NAE_EAA_P-553_Koit_kolhoos, lk 21
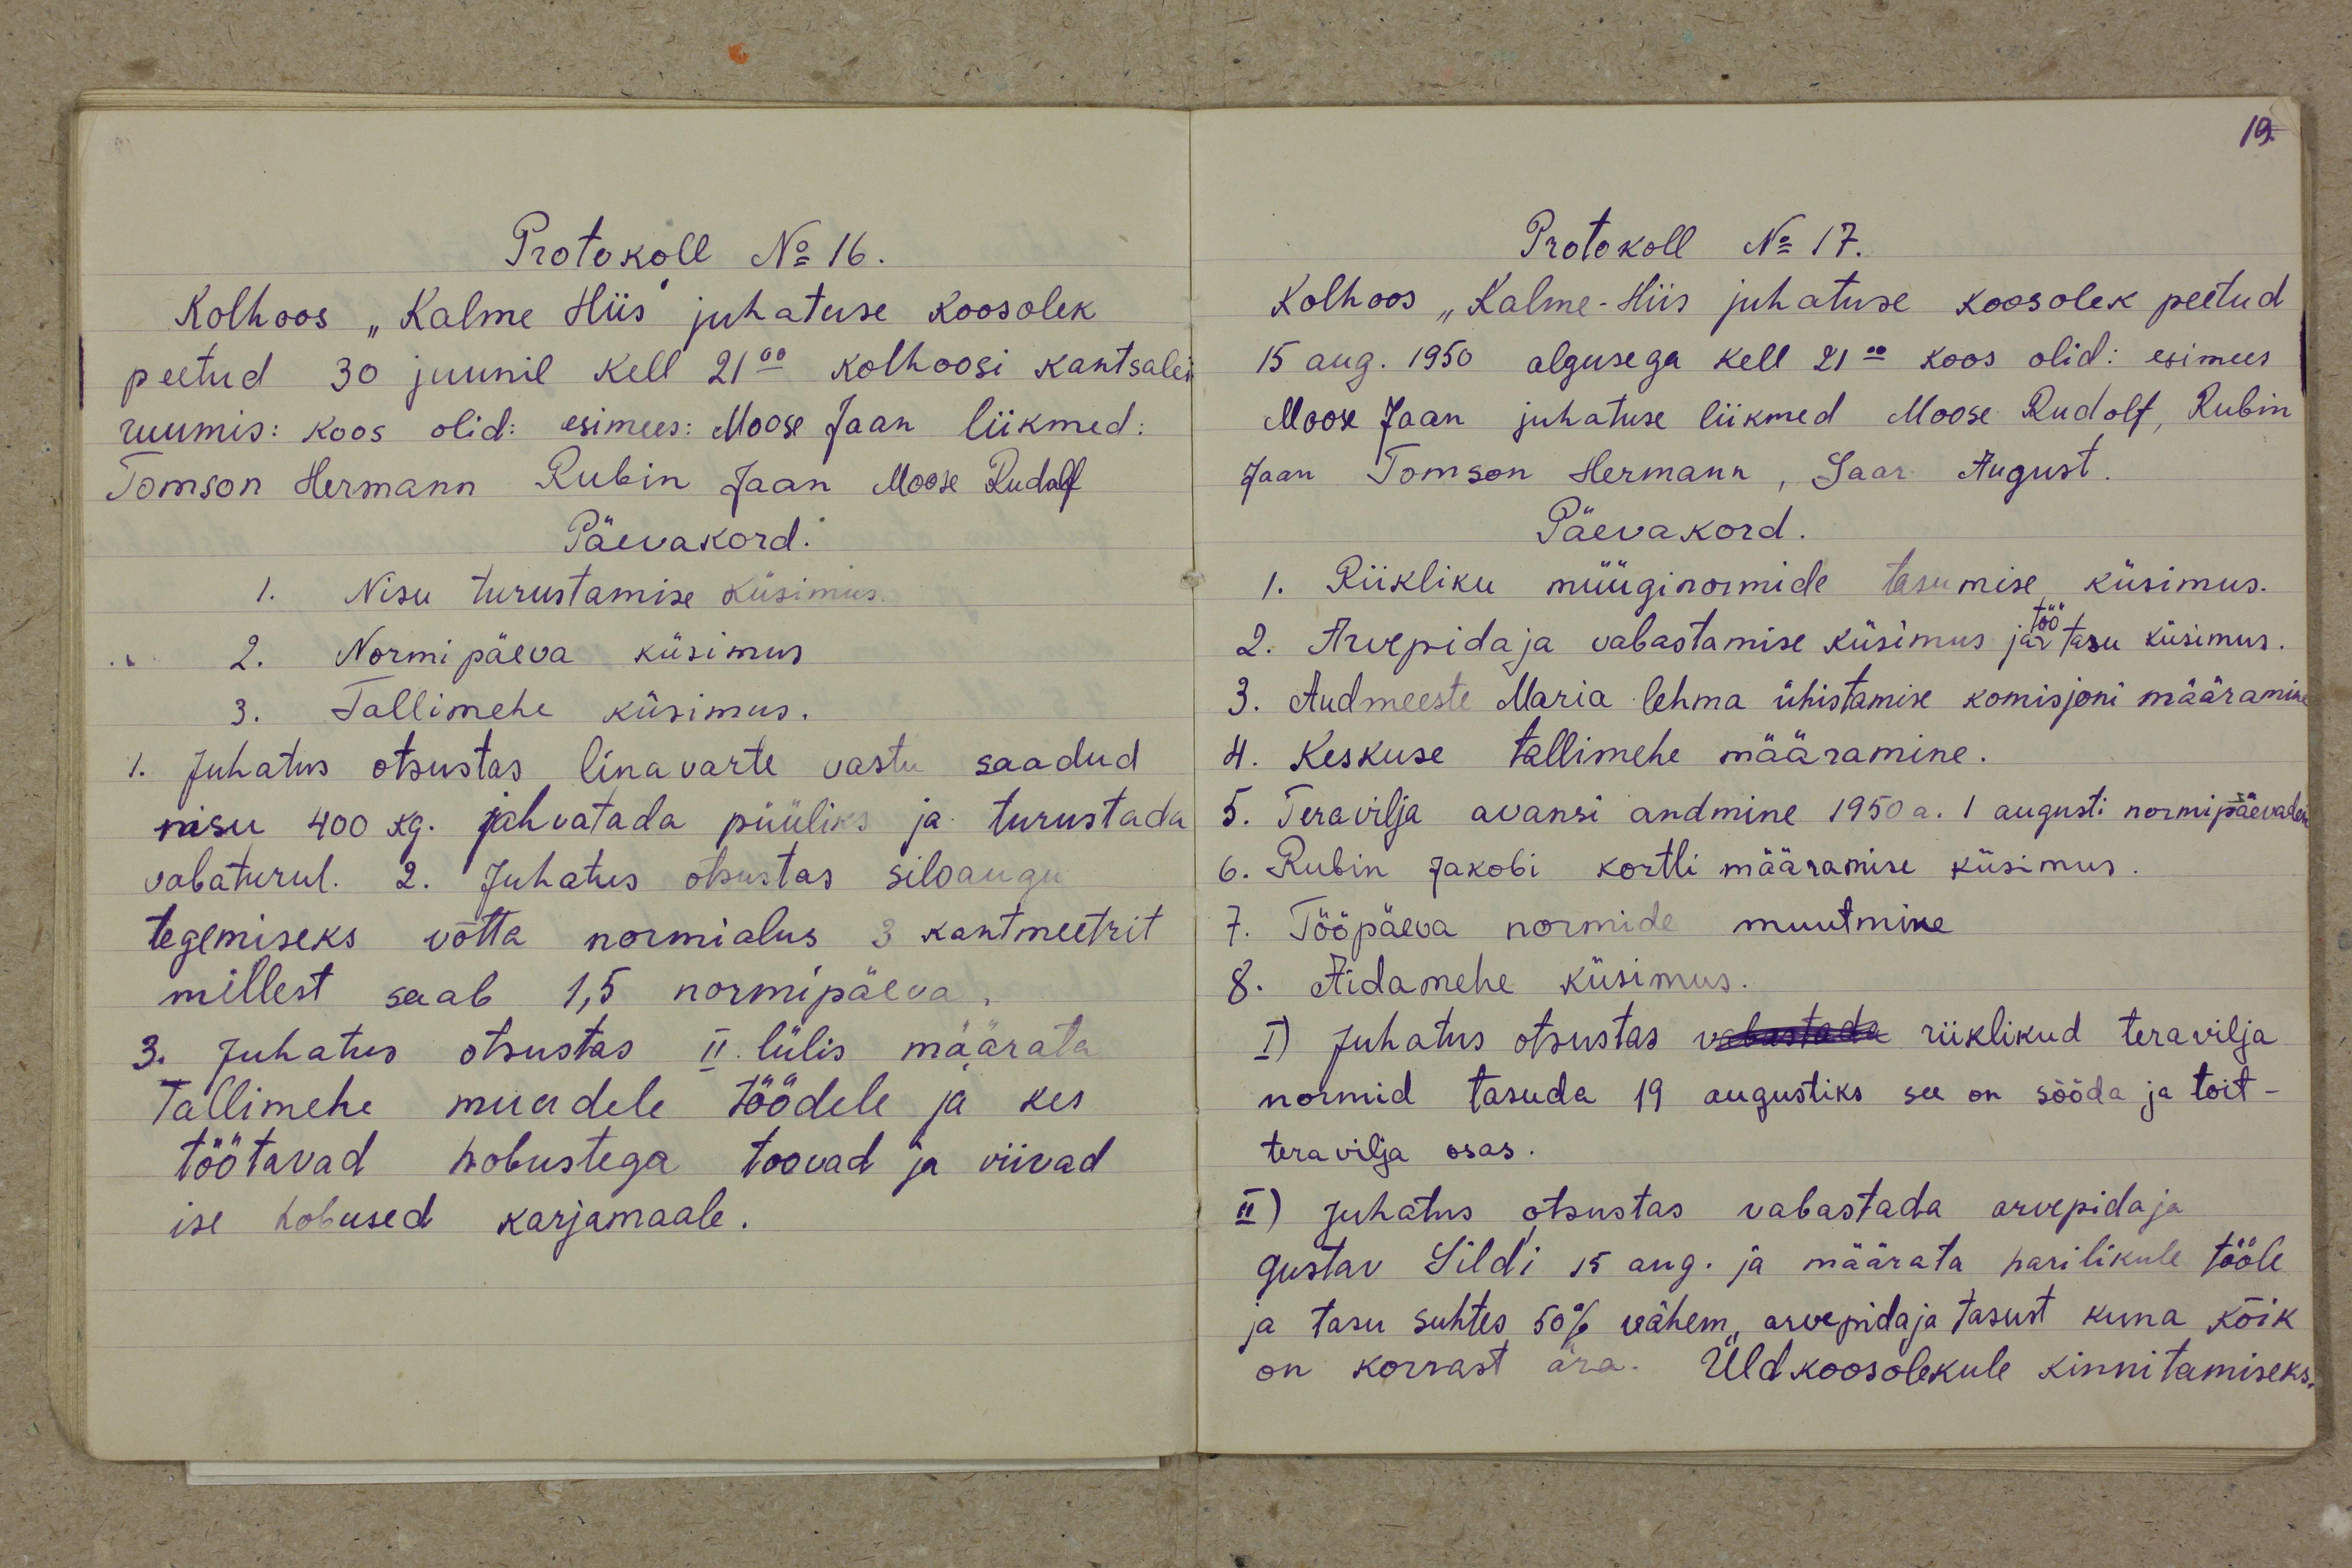
Protokoll No 16.
Kolhoos "Kalme Hiis" juhatuse koosolek
peetud 30 juunil kell 21.00 kolhoosi kantsalei
ruumis: koos olid: esimees: Moose Jaan liikmed:
Tomson Hermann Rubin Jaan Moose Rudolf
Päevakord.
1. Nisu turustamise küsimus.
2. Normipäeva küsimus
3. Tallimehe küsimus.
1. Juhatus otsustas linavarte vastu saadud
nisu 400 kg. jahvatada püüliks ja turustada
vabaturul. 2. Juhatus otsustas siloaugu
tegemiseks võtta normialus 3 kantmeetrit
millest saab 1,5 normipäeva.
3. Juhatus otsustas II lülis määrata
Tallimehe muudele töödele ja kes
töötavad hobustega toovad ja viivad
ise hobused karjamaale.

Protokoll No 17.
Kolhoos "Kalme Hiis" juhatuse koosolek peetud
15 aug. 1950 algusega kell 21.00 koos olid: esimees
Moose Jaan juhatuse liikmed Moose Rudolf, Rubin
Jaan Tomson Hermann, Saar August.
Päevakord.
1. Riikliku müüginormide tasumise küsimus.
2. Arvepidaja vabastamise küsimus ja töö tasu küsimus.
3. Audmeeste Maria lehma ühistamise komisjoni määramine
4. Keskuse tallimehe määramine.
5. Teravilja avansi andmine 1950 a. 1 augusti normipäevades
6. Rubin Jakobi kortli määramise küsimus.
7. Tööpäeva normide muutmine
8. Aidamehe küsimus.
I) Juhatus otsustas vabastada riiklikud teravilja
normid tasuda 19 augustiks see on sööda ja toit-
teravilja osas.
II) juhatus otsustas vabastada arvepidaja
Gustav Sildi 15 aug. ja määrata harilikule tööle
ja tasu suhtes 50% vähem arvepidaja tasust kuna kõik
on korrast ära. Üldkoosolekule kinnitamiseks